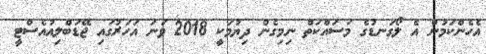
އެހެންކަމުން އެ ލޯގަނޑުގެ މަސައްކަތް ނިމިގެން ދިޔުމަކީ 2018 ވަނަ އަހަރުގައި ޖޭޑަބްލިއުއެސްޓީ